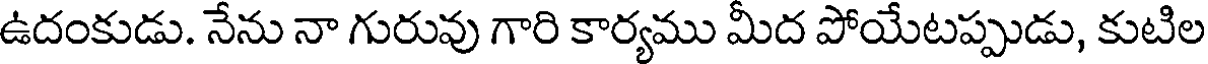
ఉదంకుడు. నేను నా గురువు గారి కార్యము మీద పోయేటప్పుడు, కుటిల